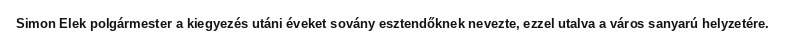
Simon Elek polgármester a kiegyezés utáni éveket sovány esztendőknek nevezte, ezzel utalva a város sanyarú helyzetére.